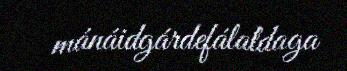
mánáidgárdefálaldaga